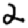
Digit: 2